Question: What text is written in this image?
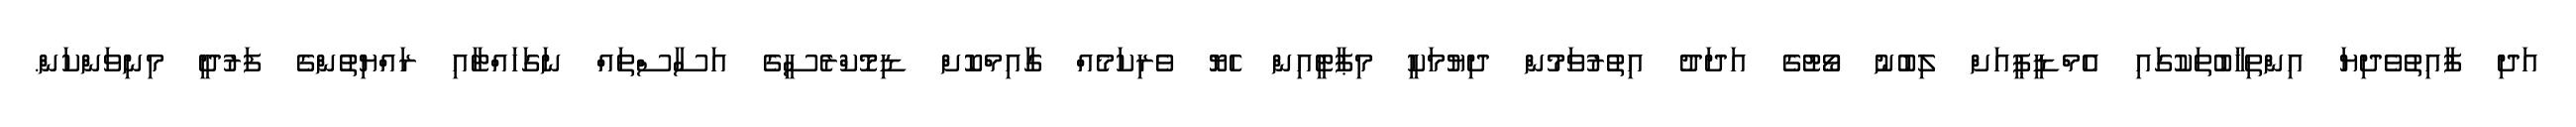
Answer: އަދި ފާއިތުވެދިޔަ އިންތިޚާބުތަކުގައި އެމްޑީޕީއަށް ލިބުނު ވޯޓުގެ އަދަދު އިތުރުވަމުން ދިޔުމަކީ މިޕާޓީއިން ހެޔޮ ވެރިކަމެއް ގާއިމްކޮށް ޑިމޮކްރެސީގެ އަސާސްތައް ނަގަހައްޓާއި ރައްޔިތުންގެ ފަރުދީ މިނިވަންކަން.